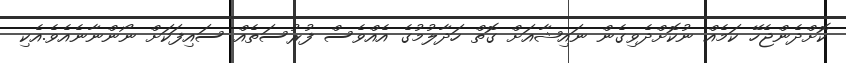
ކޮށްދެންޖެހޭ ކަމެއް ނުކޮށްދެވިގެން ނައިޝާއަށް ގޮތް ހަދާލުމުގެ އެއްވެސް ފުރުސަތެއް ސައިފަކަށް ނޯންނާނެއެވެ.އެކި